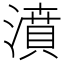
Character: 濆